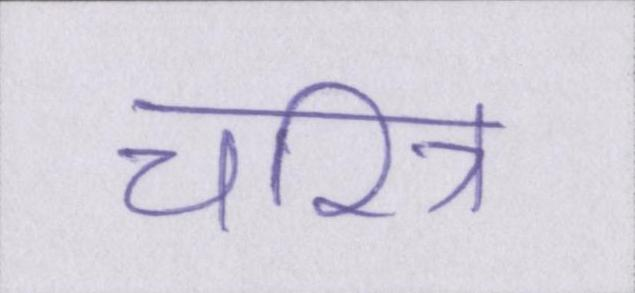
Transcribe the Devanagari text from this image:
चरित्र